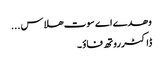
وھدے اے سوت ھلاس ...
ڈاکٹرروتھ فاؤ ۔